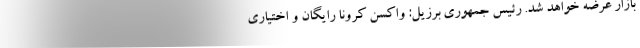
بازار عرضه خواهد شد. رئیس جمهوری برزیل: واکسن کرونا رایگان و اختیاری